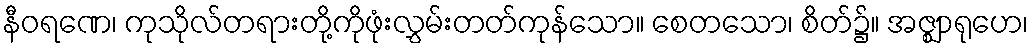
နီဝရဏေ၊ ကုသိုလ်တရားတို့ကိုဖုံးလွှမ်းတတ်ကုန်သော။ စေတသော၊ စိတ်၌။ အဇ္ဈာရုဟေ၊